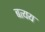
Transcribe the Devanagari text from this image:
बत्यय